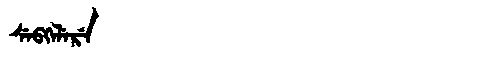
Manchu: ᠰᡝᠪᡴᡝᠯᡝᡵᡝ
Romanization: SEBKELERE